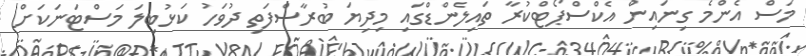
މަސް އެންމެ ގިނައިން އެކްސްޕޯޓްކުރާ ތައިލެންޑްގައި މިދިޔަ ބުރާސްފަތި ދުވަހު ކަޅުބިލަ މަސްޓަނަކަށް